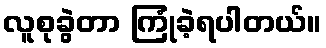
လူစုခွဲတာ ကြုံခဲ့ရပါတယ်။